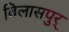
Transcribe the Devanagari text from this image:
बिलासपुर्